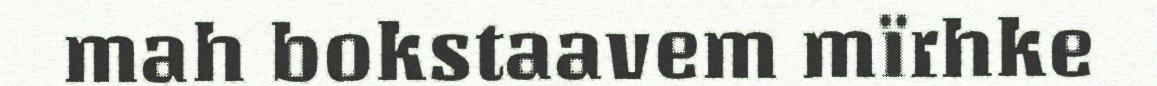
mah bokstaavem mïrhke